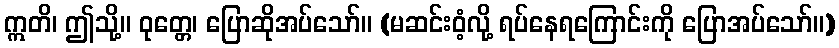
ဣတိ၊ ဤသို့။ ဝုတ္တေ၊ ပြောဆိုအပ်သော်။ (မဆင်းဝံ့လို့ ရပ်နေရကြောင်းကို ပြောအပ်သော်။)